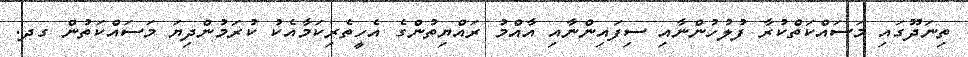
ތިނަދޫގައި މަސައްކަތްކުރާ ފުލުހުންނާއި ސިފައިންނާއި އާއްމު ރައްޔިތުންގެ އެހީތެރިކަމާއެކު ކުރަމުންދިޔަ މަސައްކަތުން ގދ.